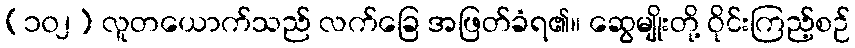
(၁၀၂) လူတယောက်သည် လက်ခြေ အဖြတ်ခံရ၏။ ဆွေမျိုးတို့ ဝိုင်းကြည့်စဉ်